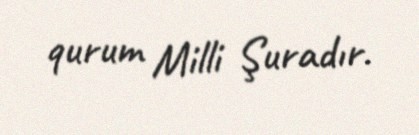
qurum Milli Şuradır.